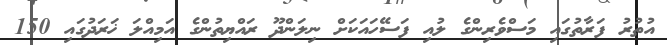
އުތުރު ފަރާތުގައި މަސްވެރިންގެ ލުއި ފަސޭހައަކަށް ނިލަންދޫ ރައްޔިތުންގެ އަމިއްލަ ޚަރަދުގައި 150